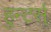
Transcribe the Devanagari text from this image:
हुन्टर्स्